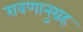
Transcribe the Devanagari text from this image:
रावणानुग्रह